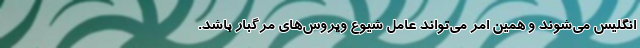
انگلیس می‌شوند و همین امر می‌تواند عامل شیوع ویروس‌های مرگبار باشد.